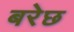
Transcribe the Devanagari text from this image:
बरेछ